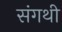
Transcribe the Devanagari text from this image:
संगथी